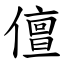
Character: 儃